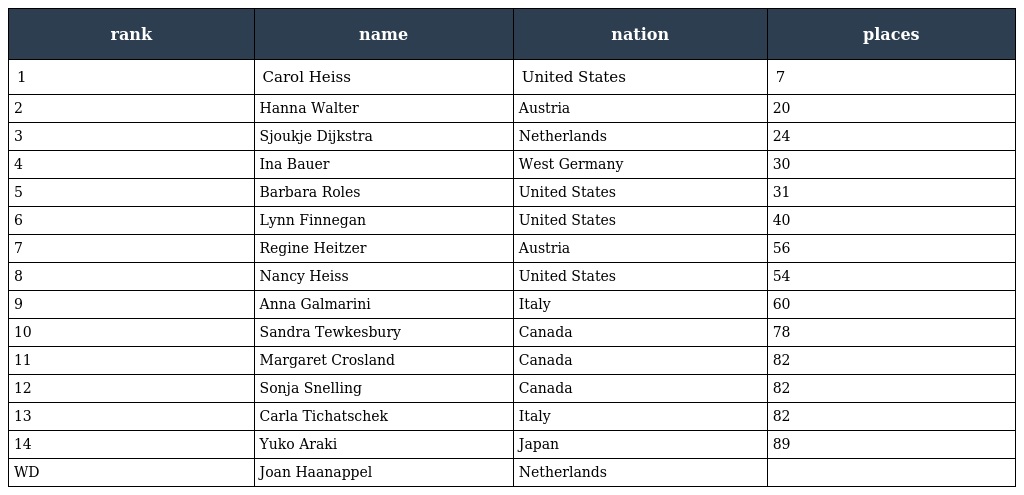
| rank | name | nation | places |
 | --- | --- | --- | --- |
 | 1 | Carol Heiss | United States | 7 |
 | 2 | Hanna Walter | Austria | 20 |
 | 3 | Sjoukje Dijkstra | Netherlands | 24 |
 | 4 | Ina Bauer | West Germany | 30 |
 | 5 | Barbara Roles | United States | 31 |
 | 6 | Lynn Finnegan | United States | 40 |
 | 7 | Regine Heitzer | Austria | 56 |
 | 8 | Nancy Heiss | United States | 54 |
 | 9 | Anna Galmarini | Italy | 60 |
 | 10 | Sandra Tewkesbury | Canada | 78 |
 | 11 | Margaret Crosland | Canada | 82 |
 | 12 | Sonja Snelling | Canada | 82 |
 | 13 | Carla Tichatschek | Italy | 82 |
 | 14 | Yuko Araki | Japan | 89 |
 | WD | Joan Haanappel | Netherlands |  |